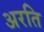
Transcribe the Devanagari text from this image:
अरति